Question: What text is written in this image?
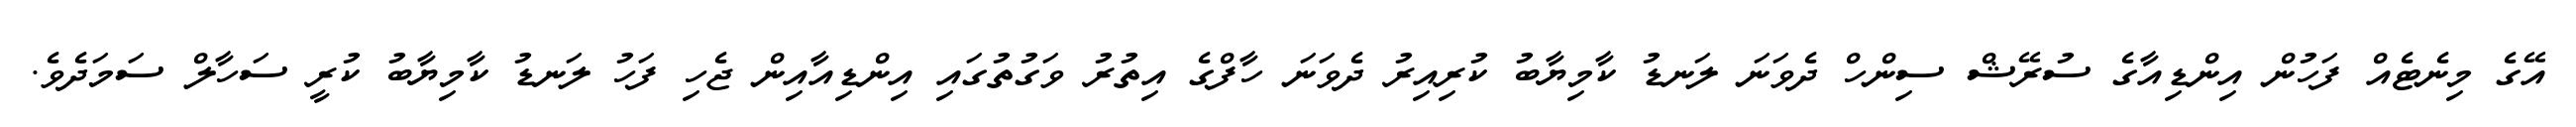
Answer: އޭގެ މިނެޓެއް ފަހުން އިންޑިއާގެ ސުރޭޝް ސިންހް ދެވަނަ ލަނޑު ކާމިޔާބު ކުރިއިރު ދެވަނަ ހާފްގެ އިތުރު ވަގުތުގައި އިންޑިއާއިން ޖެހި ފަހު ލަނޑު ކާމިޔާބު ކުރީ ސަހާލް ސަމަދެވެ.